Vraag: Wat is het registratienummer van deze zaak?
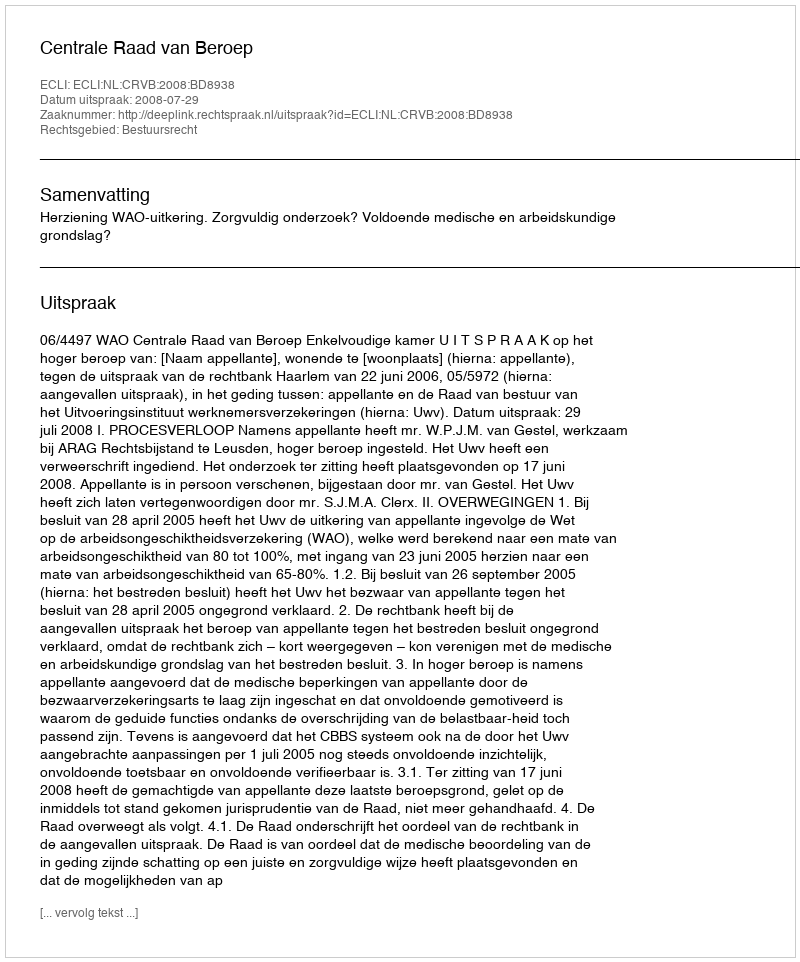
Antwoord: http://deeplink.rechtspraak.nl/uitspraak?id=ECLI:NL:CRVB:2008:BD8938